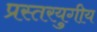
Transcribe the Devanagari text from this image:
प्रस्तरयुगीय